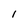
Character: l